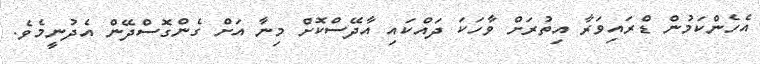
އެހެންކަމުން ޑްރައިވަރާ އިތުރަށް ވާހަކަ ދައްކައި އާދޭސްކޮށް މިނާ އަށް ގެންގޮސްދޭން އެދުނީމެވެ.